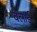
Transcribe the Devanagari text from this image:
वेलाई